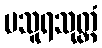
ပသူရသုတ္တံ